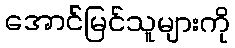
အောင်မြင်သူများကို